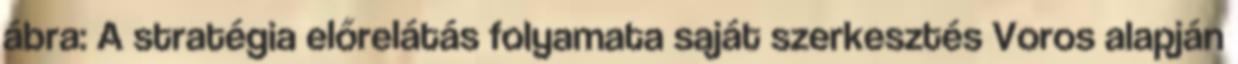
ábra: A stratégia előrelátás folyamata saját szerkesztés Voros alapján